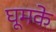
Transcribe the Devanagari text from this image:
घूमके